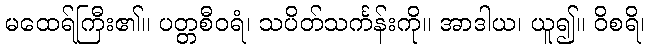
မထေရ်ကြီး၏။ ပတ္တစီဝရံ၊ သပိတ်သင်္ကန်းကို။ အာဒါယ၊ ယူ၍။ ဝိစရိ၊